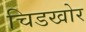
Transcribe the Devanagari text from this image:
चिडखोर